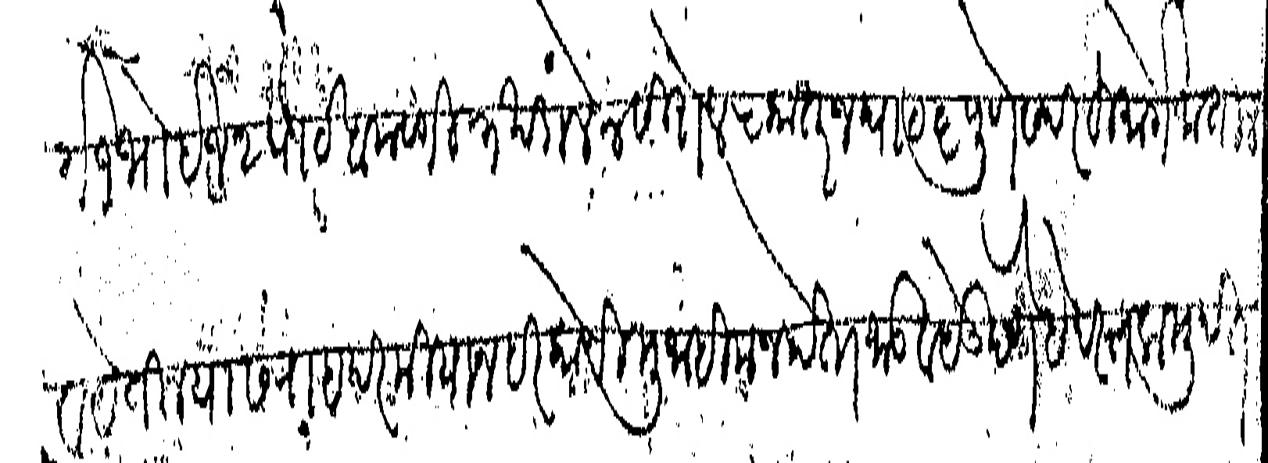
Transliteration (Devanagari): १ भोईज २ घाट खमटगी ३ खंडाले ४ सिरोल ५ कातरज घाट ६ पुणे सदरहू मार्गे जातील व येतील यास राहदरमियान हरकोणी मुजाहिम न होता जाऊ व येऊ देणे हे दस्तक मुदत